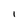
Character: l